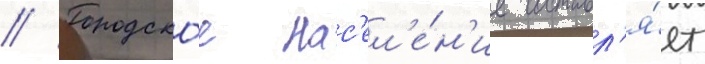
// Городско́е нас'ел'е́н'ие составл'я́ет